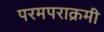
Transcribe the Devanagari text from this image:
परमपराक्रमी